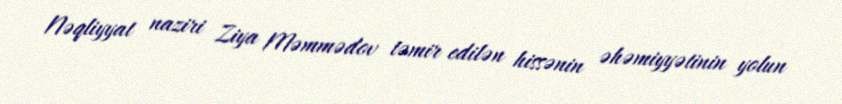
Nəqliyyat naziri Ziya Məmmədov təmir edilən hissənin əhəmiyyətinin yolun